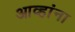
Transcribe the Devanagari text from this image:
आव्हांना